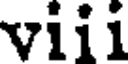
viii